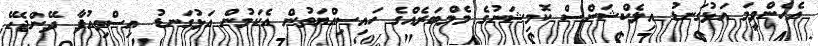
އެހެންވީމަ އަޅުގަނޑު އިލެކްޝަންސް ކޮމިޝަނުގެ މެމްބަރެއްގެ ހައިސިއްޔަތުން އެކަމުން އަޅުގަނޑު އިސްތިއުފާ ދޭންޖެހޭ